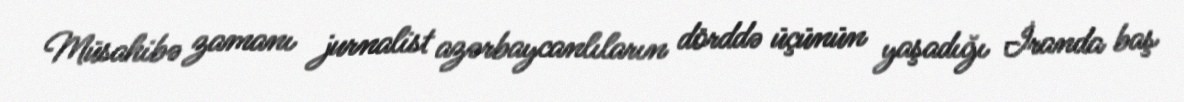
Müsahibə zamanı jurnalist azərbaycanlıların dörddə üçünün yaşadığı İranda baş